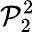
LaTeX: \mathcal{P}_{2}^{2}